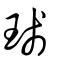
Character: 琖